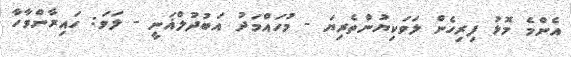
އެންމެ މޮޅު ފިރިހެން ލަވަކިޔުންތެރިޔަ - މުހައްމަދު އަބުދުލްޣަނީ - ލަވަ: ހައިރާންވާހާ